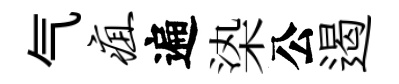
气疽遍𣑱公遏